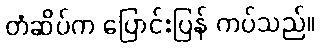
တံဆိပ်က ပြောင်းပြန် ကပ်သည်။